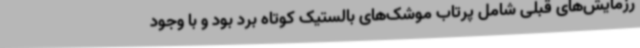
رزمایش‌های قبلی شامل پرتاب موشک‌های بالستیک کوتاه برد بود و با وجود